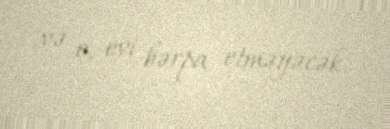
və o, evi bərpa etməyəcək.